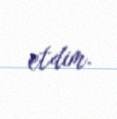
etdim.